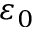
\varepsilon _ { 0 }